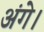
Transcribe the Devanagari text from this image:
अंगे।